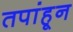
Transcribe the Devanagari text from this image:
तपांहून